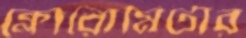
ক্লোরোমিটার